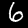
Digit: 6